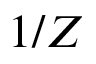
1 / Z